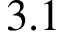
3 . 1